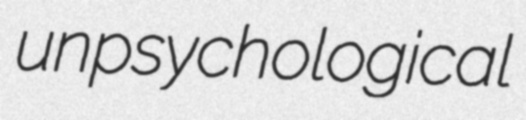
unpsychological